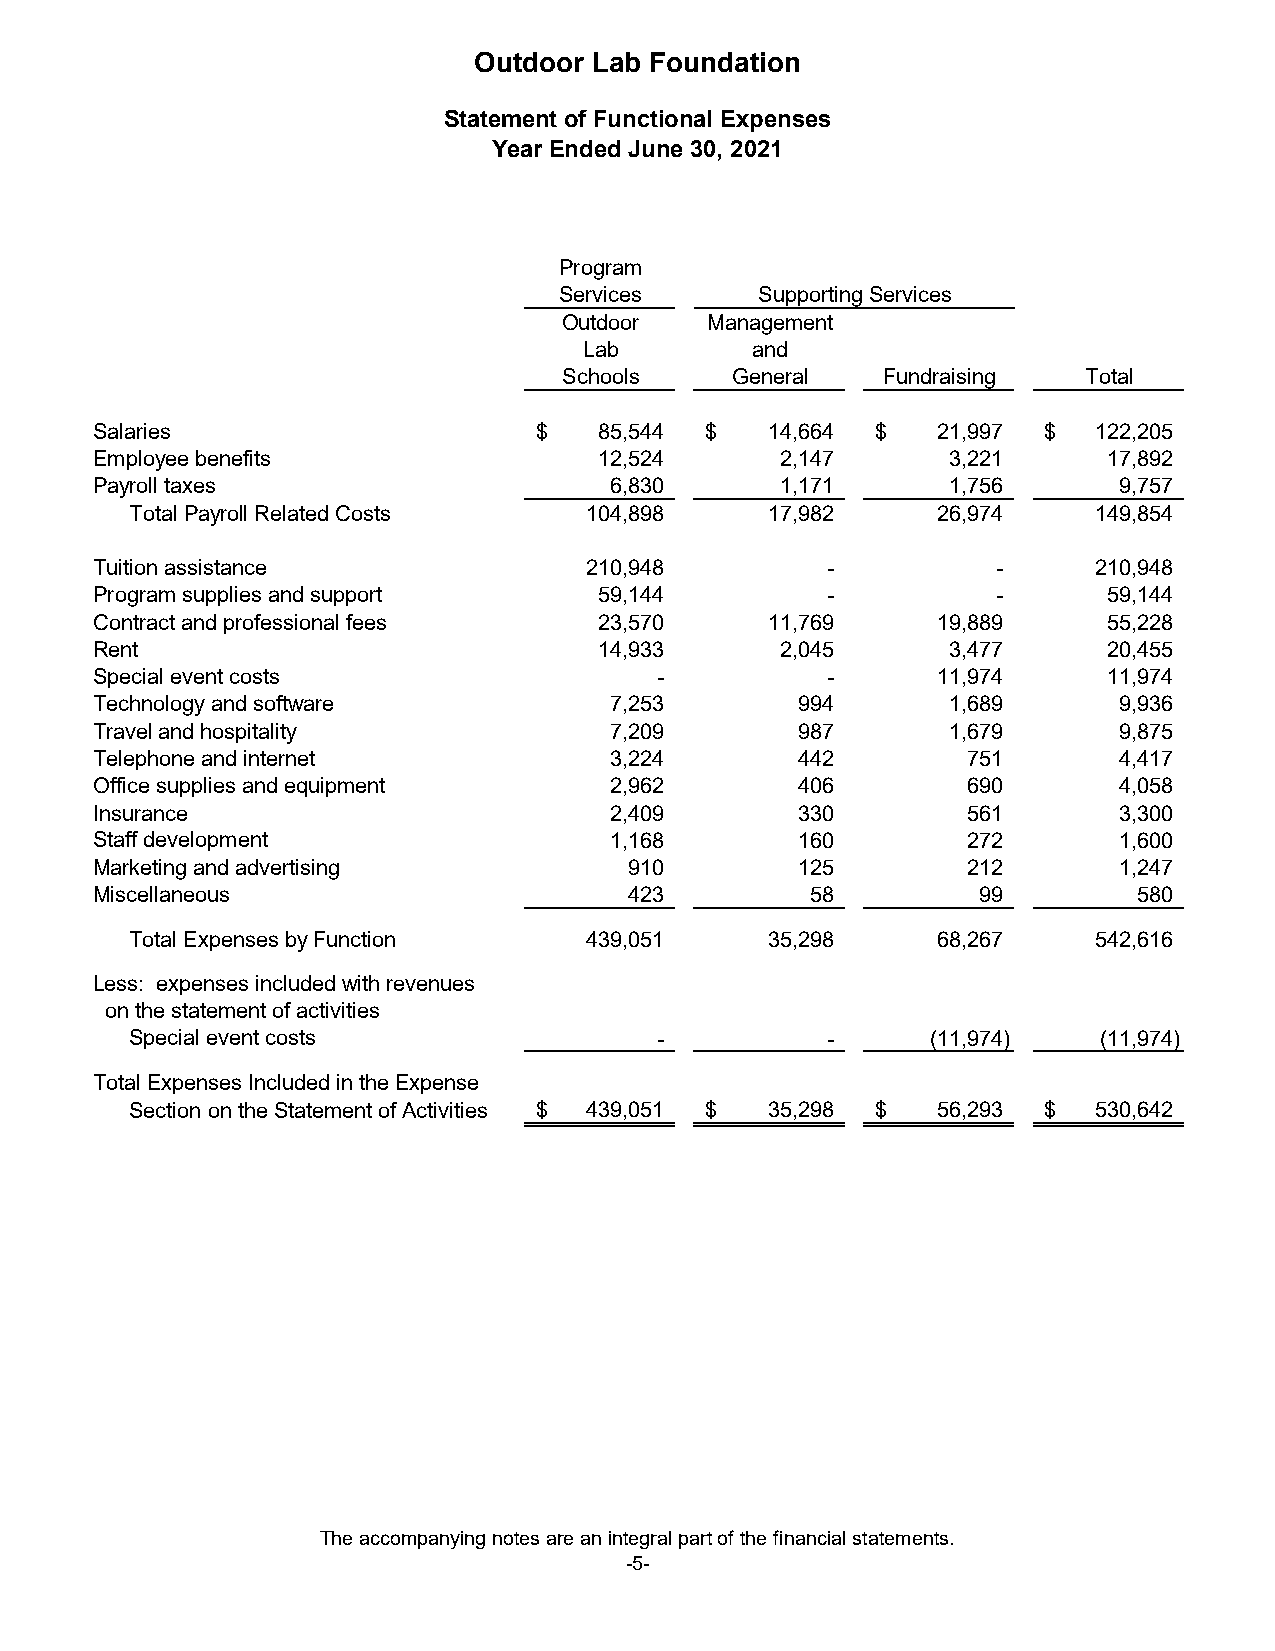
Outdoor Lab Foundation
 Statement of Functional Expenses
 Year Ended June 30, 2021
 Program
 Services     Supporting Services
 Outdoor   Management
 Lab        and
 Schools    General   Fundraising   Total
 Salaries                     $    85,544 $   14,664 $   21,997 $  122,205
 Employee benefits                 12,524      2,147      3,221     17,892
 Payroll taxes                     6,830       1,171      1,756      9,757
 Total Payroll Related Costs   104,898     17,982     26,974    149,854
 Tuition assistance               210,948         -          -     210,948
 Program supplies and support      59,144         -          -      59,144
 Contract and professional fees    23,570     11,769     19,889     55,228
 Rent                              14,933      2,045      3,477     20,455
 Special event costs                  -           -      11,974     11,974
 Technology and software           7,253        994       1,689      9,936
 Travel and hospitality            7,209        987       1,679      9,875
 Telephone and internet            3,224        442        751       4,417
 Office supplies and equipment     2,962        406        690       4,058
 Insurance                         2,409        330        561       3,300
 Staff development                 1,168        160        272       1,600
 Marketing and advertising           910        125        212       1,247
 Miscellaneous                       423         58         99        580
 Total Expenses by Function    439,051     35,298     68,267    542,616
 Less: expenses included with revenues
 on the statement of activities
 Special event costs               -           -      (11,974)   (11,974)
 Total Expenses Included in the Expense
 Section on the Statement of Activities $ 439,051 $ 35,298 $ 56,293 $ 530,642
 The accompanying notes are an integral part of the financial statements.
 -5-